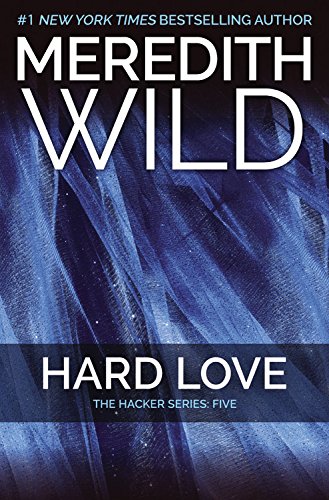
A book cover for Hard Love: The Hacker Series #5; Meredith Wild; Romance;